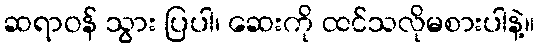
ဆရာဝန် သွား ပြပါ၊ ဆေးကို ထင်သလိုမစားပါနဲ့။